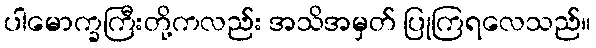
ပါမောက္ခကြီးတို့ကလည်း အသိအမှတ် ပြုကြရလေသည်။